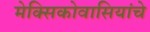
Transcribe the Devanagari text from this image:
मेक्सिकोवासियांचे